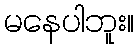
မနေပါဘူး။